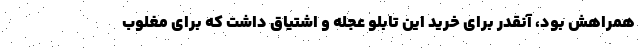
همراهش بود، آنقدر برای خرید این تابلو عجله و اشتیاق داشت که برای مغلوب